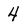
Character: 4